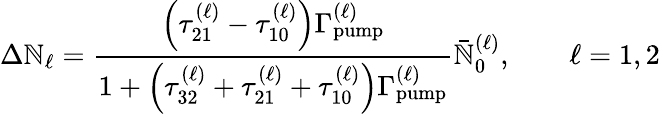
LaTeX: \Delta\mathbb{N}_{\ell}=\frac{{\left(\tau_{21}^{(\ell)}-\tau_{10}^{(\ell)}\right)\Gamma_{\mathrm{{pump}}}^{(\ell)}}}{{1+\left(\tau_{32}^{(\ell)}+\tau_{21}^{(\ell)}+\tau_{10}^{(\ell)}\right)\Gamma_{\mathrm{{pump}}}^{(\ell)}}}\bar{{\mathbb{N}}}_{0}^{(\ell)},\qquad\ell=1,2